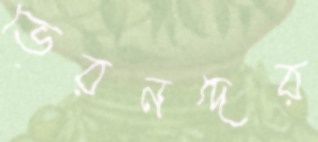
ভেরনদের